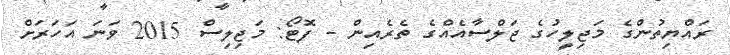
ރައްޔިތުންގެ މަޖިލީހުގެ ޖަލްސާއެއްގެ ތެރެއިން - ފޮޓޯ: މަޖިލިސް 2015 ވަނަ އަހަރަށް